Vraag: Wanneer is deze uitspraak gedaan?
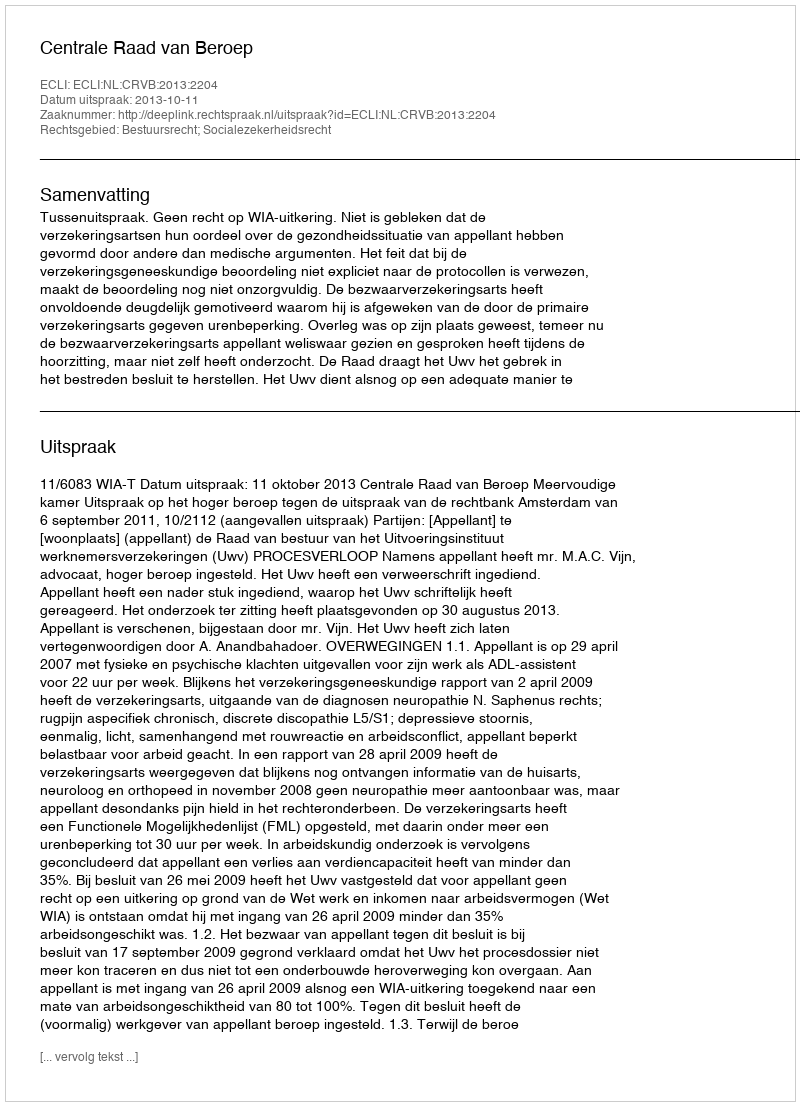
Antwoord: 2013-10-11